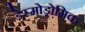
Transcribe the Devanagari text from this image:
डेस्मोड्रोमिक